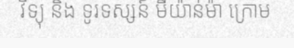
វិទ្យុ និង ទូរទស្សន៍ មីយ៉ាន់ម៉ា ក្រោម